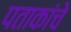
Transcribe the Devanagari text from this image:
पताकांचे